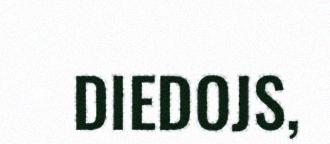
DIEDOJS,